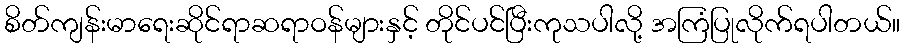
စိတ်ကျန်းမာရေးဆိုင်ရာဆရာဝန်များနှင့် တိုင်ပင်ပြီးကုသပါလို့ အကြံပြုလိုက်ရပါတယ်။